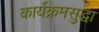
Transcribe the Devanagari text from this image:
कार्यक्रमसुद्धा